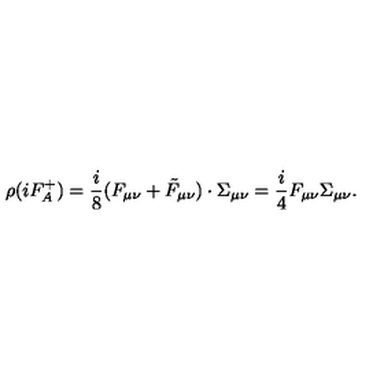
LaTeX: \rho ( i F _ { A } ^ { + } ) = \frac { i } { 8 } ( F _ { \mu \nu } + \tilde { F } _ { \mu \nu } ) \cdot \Sigma _ { \mu \nu } = \frac { i } { 4 } F _ { \mu \nu } \Sigma _ { \mu \nu } .